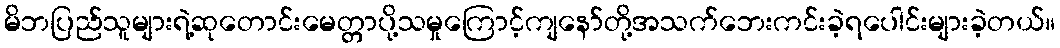
မိဘပြည်သူများရဲ့ဆုတောင်းမေတ္တာပို့သမှုကြောင့်ကျနော်တို့အသက်ဘေးကင်းခဲ့ရပေါင်းများခဲ့တယ်။